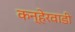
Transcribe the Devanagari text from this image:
कन्हेरवाडी